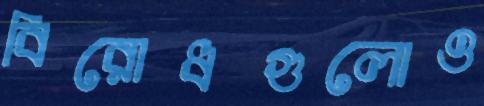
বিরোধগুলোও